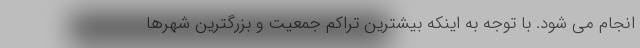
انجام می شود. با توجه به اینکه بیشترین تراکم جمعیت و بزرگترین شهرها